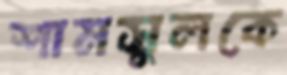
শামসুলকে